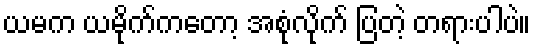
ယမက ယမိုက်ကတော့ အစုံလိုက် ပြတဲ့ တရားပါပဲ။